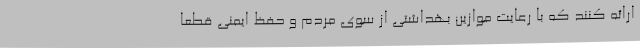
ارائه کنند که با رعایت موازین بهداشتی از سوی مردم و حفظ ایمنی قطعا